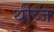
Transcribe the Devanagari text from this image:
थीव्ज